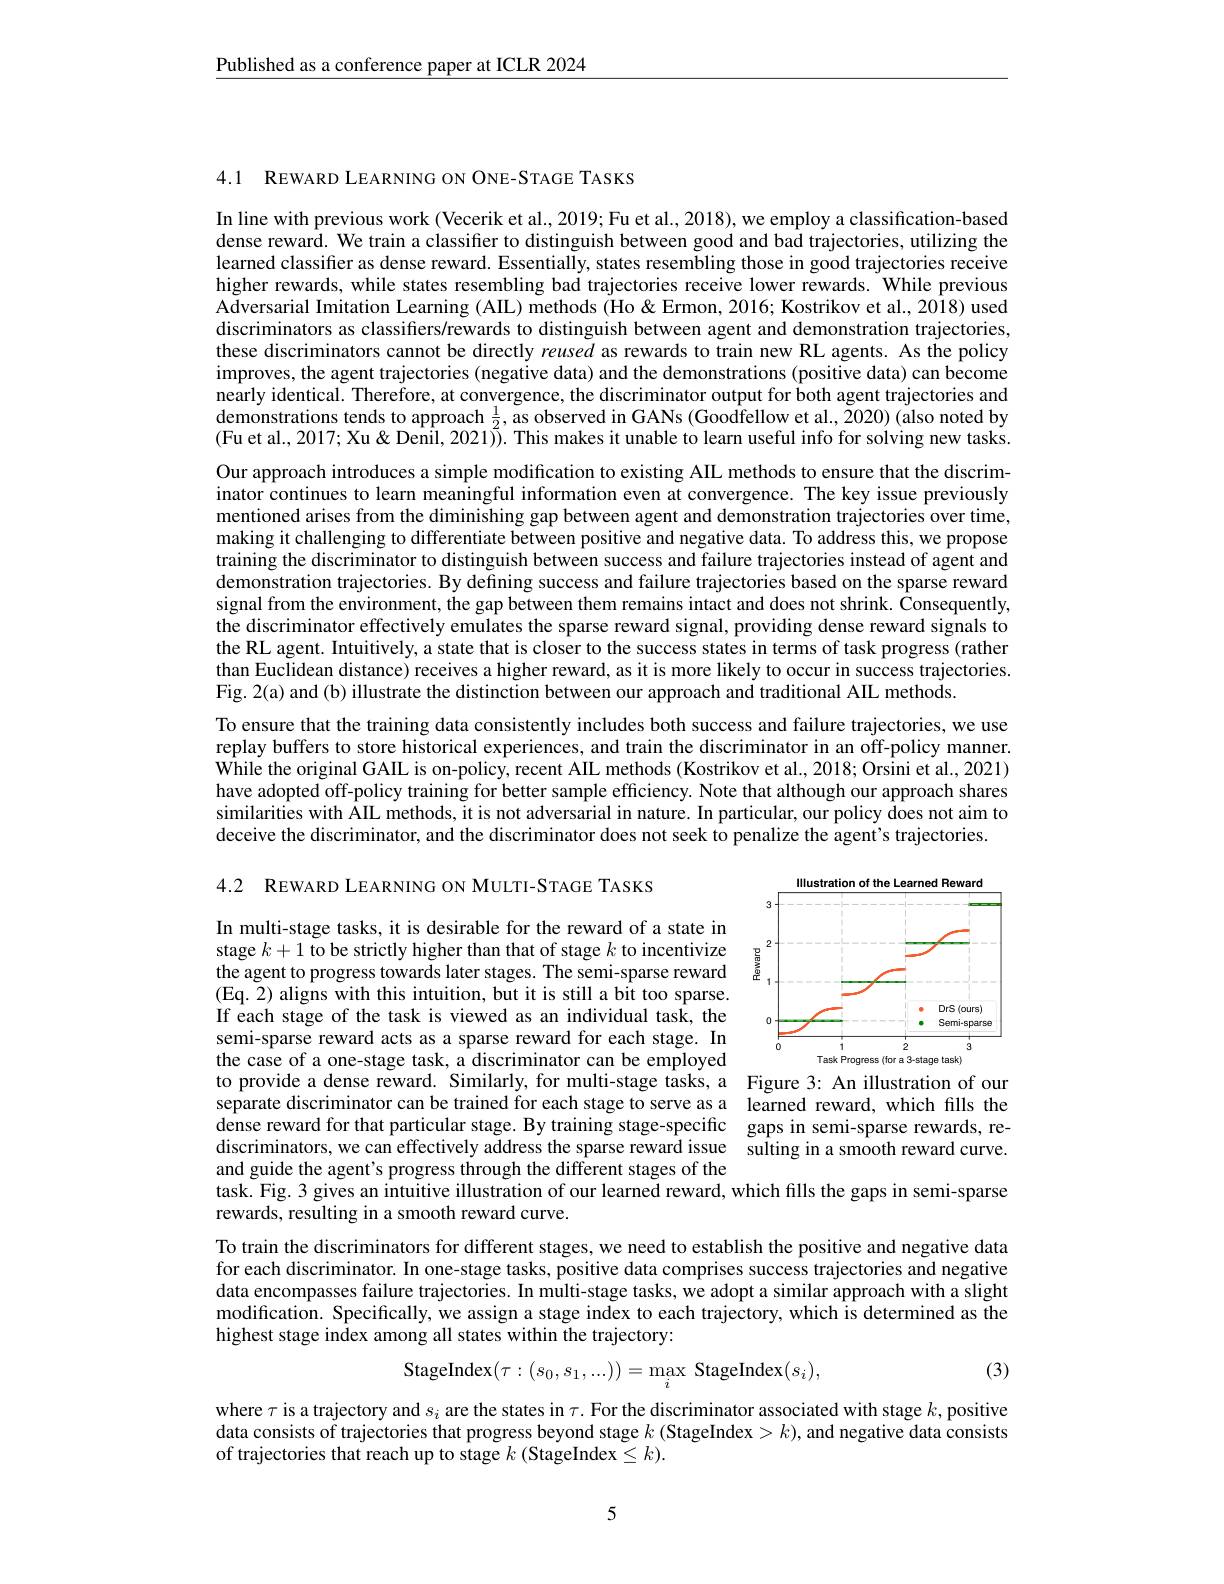
$\underline{\text{Published as a conference paper at ICLR 2024}}$

4.1 REWARD LEARNING ON ONE-STAGE TASKS

In line with previous work (Vecerik et al., 2019; Fu et al., 2018), we employ a classification-based dense reward. We train a classifier to distinguish between good and bad trajectories, utilizing the learned classifier as dense reward. Essentially, states resembling those in good trajectories receive higher rewards, while states resembling bad trajectories receive lower rewards. While previous Adversarial Imitation Learning (AIL) methods (Ho&Ermon, 2016; Kostrikov et al., 2018) used discriminators as classifiers/rewards to distinguish between agent and demonstration trajectories, these discriminators cannot be directly reused as rewards to train new RL agents. As the policy improves, the agent trajectories (negative data) and the demonstrations (positive data) can become nearly identical. Therefore, at convergence, the discriminator output for both agent trajectories and demonstrations tends to approach $\frac12$, as observed in GANs $(\hat{\text{Goodfellow et al}},\tilde{2}020)$ (also noted by (Fu et al., 2017; Xu & Xu & Denil, 2021)). This makes it unable to learn useful info for solving new tasks. Our approach introduces a simple modification to existing AIL methods to ensure that the discriminator continues to learn meaningful information even at convergence. The key issue previously mentioned arises from the diminishing gap between agent and demonstration trajectories over time, making it challenging to differentiate between positive and negative data. To address this, we propose training the discriminator to distinguish between success and failure trajectories instead of agent and demonstration trajectories. By defining success and failure trajectories based on the sparse reward signal from the environment, the gap between them remains intact and does not shrink. Consequently, the discriminator effectively emulates the sparse reward signal, providing dense reward signals to the RL agent. Intuitively, a state that is closer to the success states in terms of task progress (rather than Euclidean distance) receives a higher reward, as it is more likely to occur in success trajectories. Fig. 2(a) and (b) illustrate the distinction between our approach and traditional AIL methods.
To ensure that the training data consistently includes both success and failure trajectories, we use replay buffers to store historical experiences, and train the discriminator in an off-policy manner. While the original GAIL is on-policy, recent AIIL methods (Kostrikov et al., 2018; Orsini et al., 2021) have adopted off-policy training for better sample efficiency. Note that although our approach shares similarities with ÁIL methods, it is not adversarial in nature. In particular, our policy does not aim to

deceive the discriminator, and the discriminator does not seek to penalize the agent's trajectories.
4.2 REWARD LEARNING ON MULTI-STAGE TASKS

<FigureHere>
to provide a dense reward. Similarly, for multi-stage tasks, a Figure 3: An illustration of our

In multi-stage tasks, it is desirable for the reward of a state in stage $k+1$ to be strictly higher than that of stage $k$ to incentivize the agent to progress towards later stages. The semi-sparse reward (Eq.2) aligns with this intuition, but it is still a bit too sparse. If each stage of the task is viewed as an individual task, the semi-sparse reward acts as a sparse reward for each stage. In the case of a one-stage task, a discriminator can be employed separate discriminator can be trained for each stage to serve as a learned reward, which fills the dense reward for that particular stage. By training stage-specific gaps in semi-sparse rewards, rediscriminators, we can effectively address the sparse reward issue sulting in a smooth reward curve. and guide the agent's progress through the different stages of the
task. Fig. 3 gives an intuitive illustration of our learned reward, which fills the gaps in semi-sparse
rewards, resulting in a smooth reward curve.

To train the discriminators for different stages, we need to establish the positive and negative data for each discriminator. In one-stage tasks, positive data comprises success trajectories and negative data encompasses failure trajectories. In multi-stage tasks, we adopt a similar approach with a slight modification. Specifically, we assign a stage index to each trajectory, which is determined as the highest stage index among all states within the trajectory:

(3)
$$\mathrm{StageIndex}(\tau:(s_0,s_1,...))=\max_i\mathrm{StageIndex}(s_i),$$
where $\tau$ is a trajectory and $s_i$ are the states in $\tau.$ For the discriminator associated with stage $k$, positive data consists of trajectories that progress beyond stage $k$ (StageIndex > $k)$, and negative data consists of trajectories that reach up to stage $k$ (StageIndex ≤ k).

5